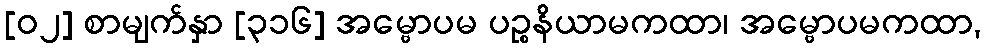
[၀၂] စာမျက်နှာ [၃၁၆] အမ္ဗောပမ ပဉ္စနိယာမကထာ၊ အမ္ဗောပမကထာ,